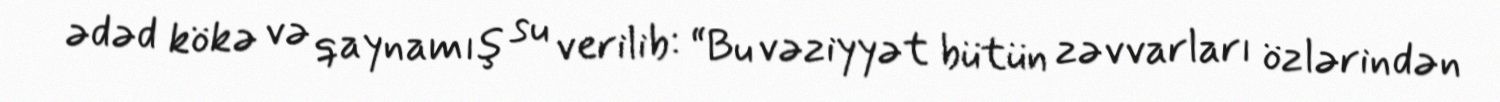
ədəd kökə və qaynamış su verilib: “Bu vəziyyət bütün zəvvarları özlərindən